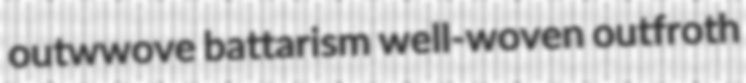
outwwove battarism well-woven outfroth